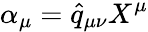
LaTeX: \alpha_{\mu}=\widehat{q}_{\mu\nu}X^{\mu}